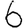
Digit: 6